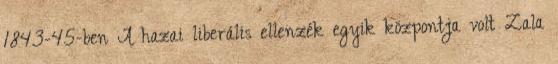
1843-45-ben A hazai liberális ellenzék egyik központja volt Zala